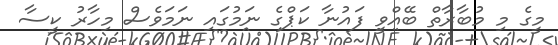
މީގެ މި މުބާރާތް ބޭއްވީ ފައުނާ ކަޕްގެ ނަމުގައި ނަމަވެސް މިހާރު ކީސާ